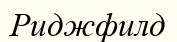
Риджфилд